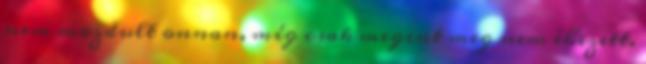
nem mozdult onnan, míg csak megint meg nem éhezett.